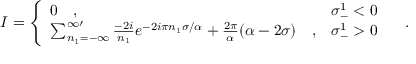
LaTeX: I = \left\{ \begin{array} { l l } { { 0 \quad , } } & { { \sigma _ { - } ^ { 1 } < 0 } } \\ { { \sum _ { n _ { 1 } = - \infty } ^ { \infty \prime } { \frac { - 2 i } { n _ { 1 } } } e ^ { - 2 i \pi n _ { 1 } \sigma / \alpha } + { \frac { 2 \pi } { \alpha } } ( \alpha - 2 \sigma ) \quad , } } & { { \sigma _ { - } ^ { 1 } > 0 } } \end{array} \right. \quad .